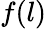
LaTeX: f(l)